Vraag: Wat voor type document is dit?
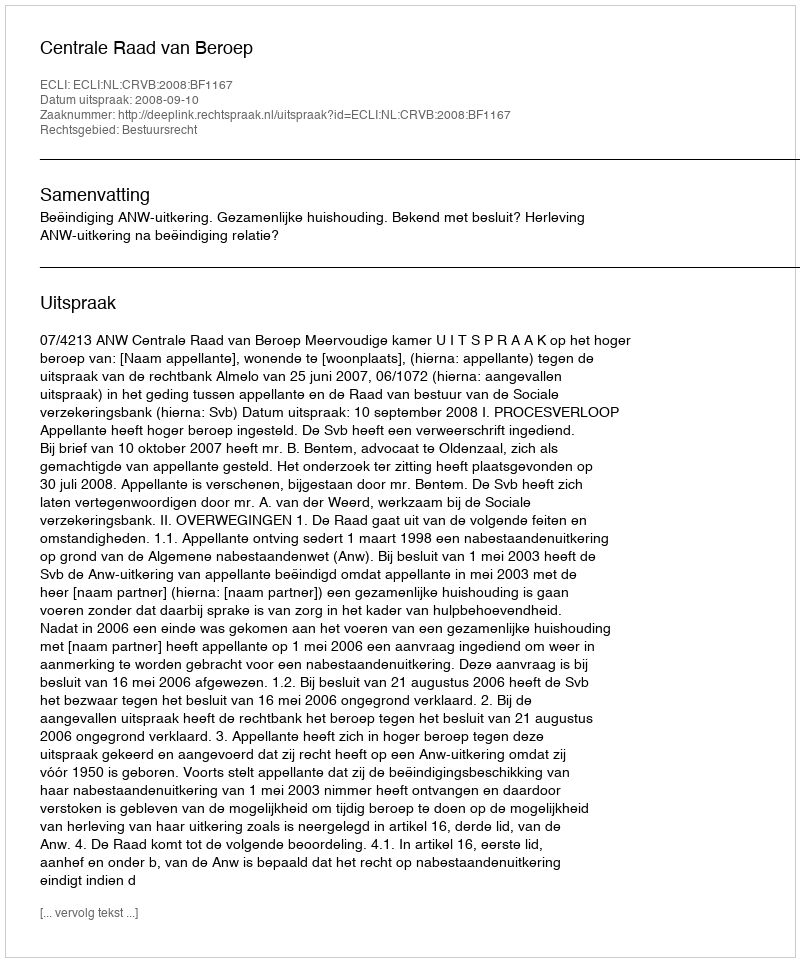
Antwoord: Uitspraak